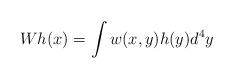
LaTeX: \begin{align*} Wh(x) = \int w(x,y) h(y) d^4 y \end{align*}